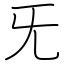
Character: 旡